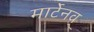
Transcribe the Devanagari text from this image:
मार्टेनव्